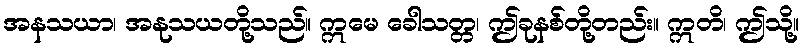
အနသယာ၊ အနုသယတို့သည်။ ဣမေ ခေါသတ္တ၊ ဤခုနစ်တို့တည်း။ ဣတိ၊ ဤသို့။